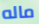
ماله